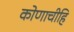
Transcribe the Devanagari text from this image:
कोणाचीहि